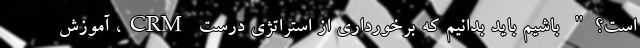
است؟" باشیم باید بدانیم که برخورداری از استراتژی درست CRM، آموزش